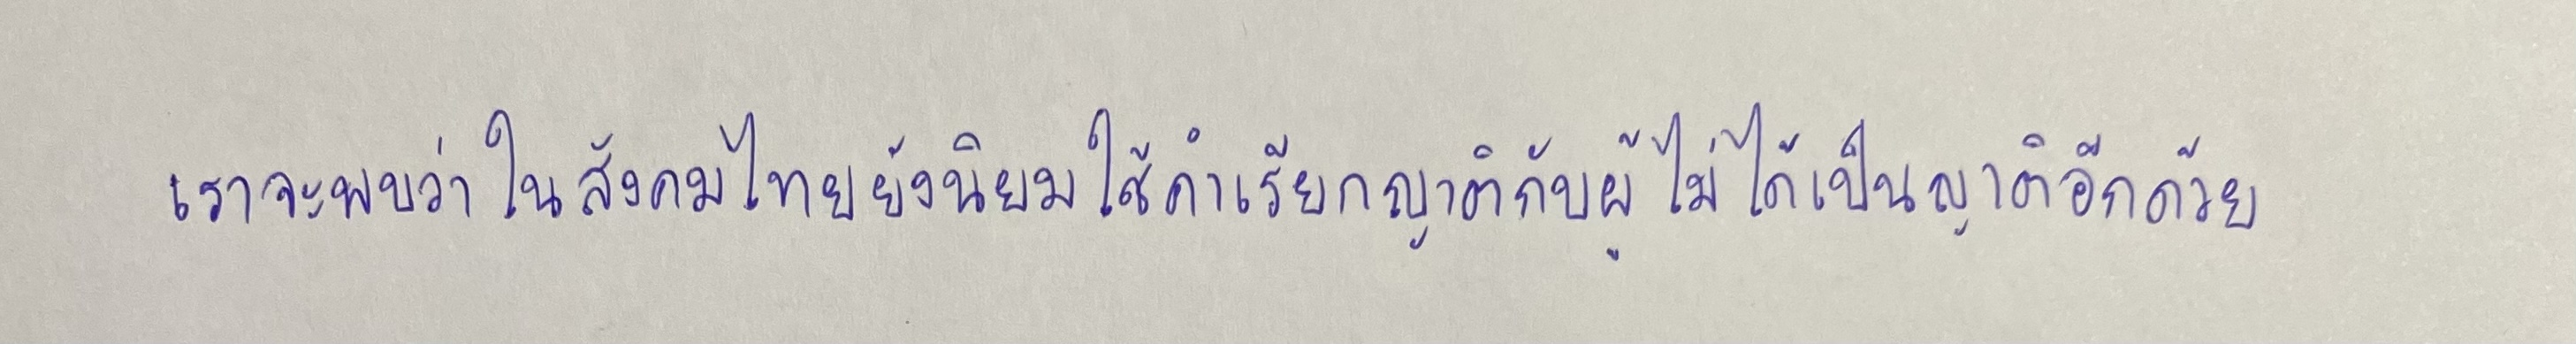
เราจะพบว่าในสังคมไทยยังนิยมใช้คำเรียกญาติกับผู้ไม่ได้เป็นญาติอีกด้วย